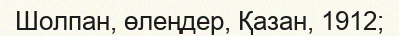
Шолпан, өлеңдер, Қазан, 1912;